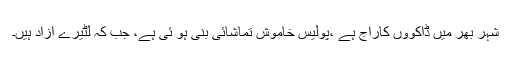
شہر بھر میں ڈاکوؤں کاراج ہے ،پولیس خاموش تماشائی بنی ہو ئی ہے، جب کہ لٹیرے آزاد ہیں۔